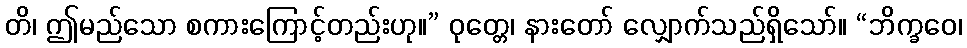
တိ၊ ဤမည်သော စကားကြောင့်တည်းဟု။” ဝုတ္တေ၊ နားတော် လျှောက်သည်ရှိသော်။ “ဘိက္ခဝေ၊